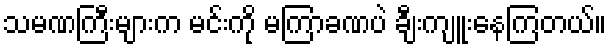
သမဏကြီးများက မင်းကို မကြာခဏပဲ ချီးကျူးနေကြတယ်။